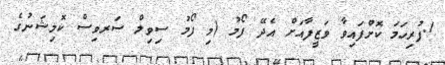
1.ފުރިހަމަ ކޮށްފައިވާ ވަޒީފާއަށް އެދޭ ފޯމު (މި ފޯމު ސިވިލް ސަރވިސް ކޮމިޝަނުގެ